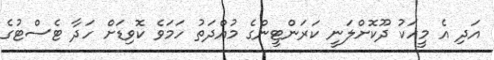
އަދި އެ މީހަކު ދޫކޮށްލަނީ ކަރަންޓީންގެ މުއްދަތު ހަމަވެ ކޮވިޑަށް ހަދާ ޓެސްޓުގެ